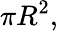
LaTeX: \pi R^{2},